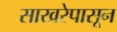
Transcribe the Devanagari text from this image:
साखरेपासून